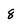
Character: 8